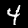
Label: 4